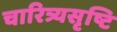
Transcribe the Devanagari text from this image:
चारित्र्यसृष्टि